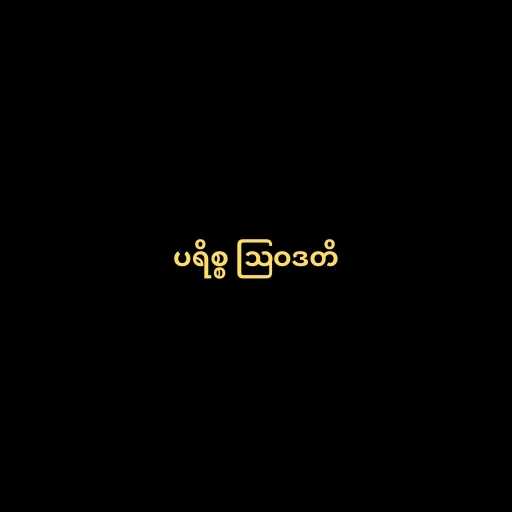
ပရိစ္စ ဩဝဒတိ